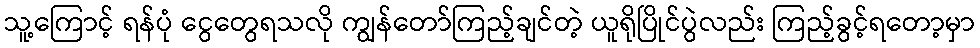
သူ့ကြောင့် ရန်ပုံ ငွေတွေရသလို ကျွန်တော်ကြည့်ချင်တဲ့ ယူရိုပြိုင်ပွဲလည်း ကြည့်ခွင့်ရတော့မှာ